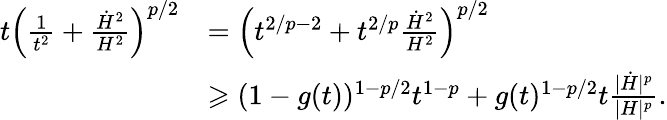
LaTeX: \begin{array}{rl}{t\left(\frac{1}{t^{2}}+\frac{\dot{H}^{2}}{H^{2}}\right)^{p/2}}&{=\left(t^{2/p-2}+t^{2/p}\frac{\dot{H}^{2}}{H^{2}}\right)^{p/2}}\\ &{\geqslant(1-g(t))^{1-p/2}t^{1-p}+g(t)^{1-p/2}t\frac{|\dot{H}|^{p}}{|H|^{p}}.}\end{array}